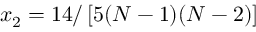
x _ { 2 } = 1 4 / \left[ 5 ( N - 1 ) ( N - 2 ) \right]